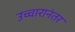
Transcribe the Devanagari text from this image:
उच्चारानंतर